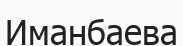
Иманбаева